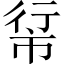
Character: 𪩵